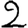
Digit: 2